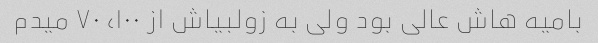
بامیه هاش عالی بود ولی به زولبیاش از ۱۰۰، ۷۰ میدم